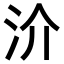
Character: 𣲤